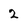
Character: 2